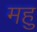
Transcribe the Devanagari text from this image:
महु